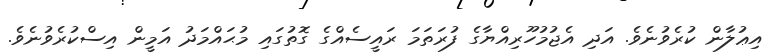
އިޢުލާން ކުރެވުނެވެ. އަދި އެޖުމުހޫރިއްޔާގެ ފުރަތަމަ ރައީސެއްގެ ގޮތުގައި މުޙައްމަދު އަމީން އިސްކުރެވުނެވެ.